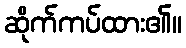
ဆိုက်ကပ်ထား၏။